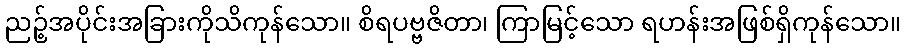
ညဉ့်အပိုင်းအခြားကိုသိကုန်သော။ စိရပဗ္ဗဇိတာ၊ ကြာမြင့်သော ရဟန်းအဖြစ်ရှိကုန်သော။